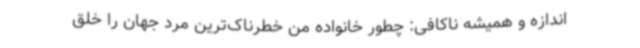
اندازه و همیشه ناکافی: چطور خانواده من خطرناک‌ترین مرد جهان را خلق